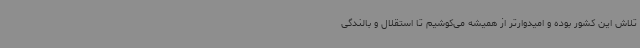
تلاش این کشور بوده و امیدوارتر از همیشه می‌کوشیم تا استقلال و بالندگی